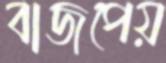
বাজপেয়